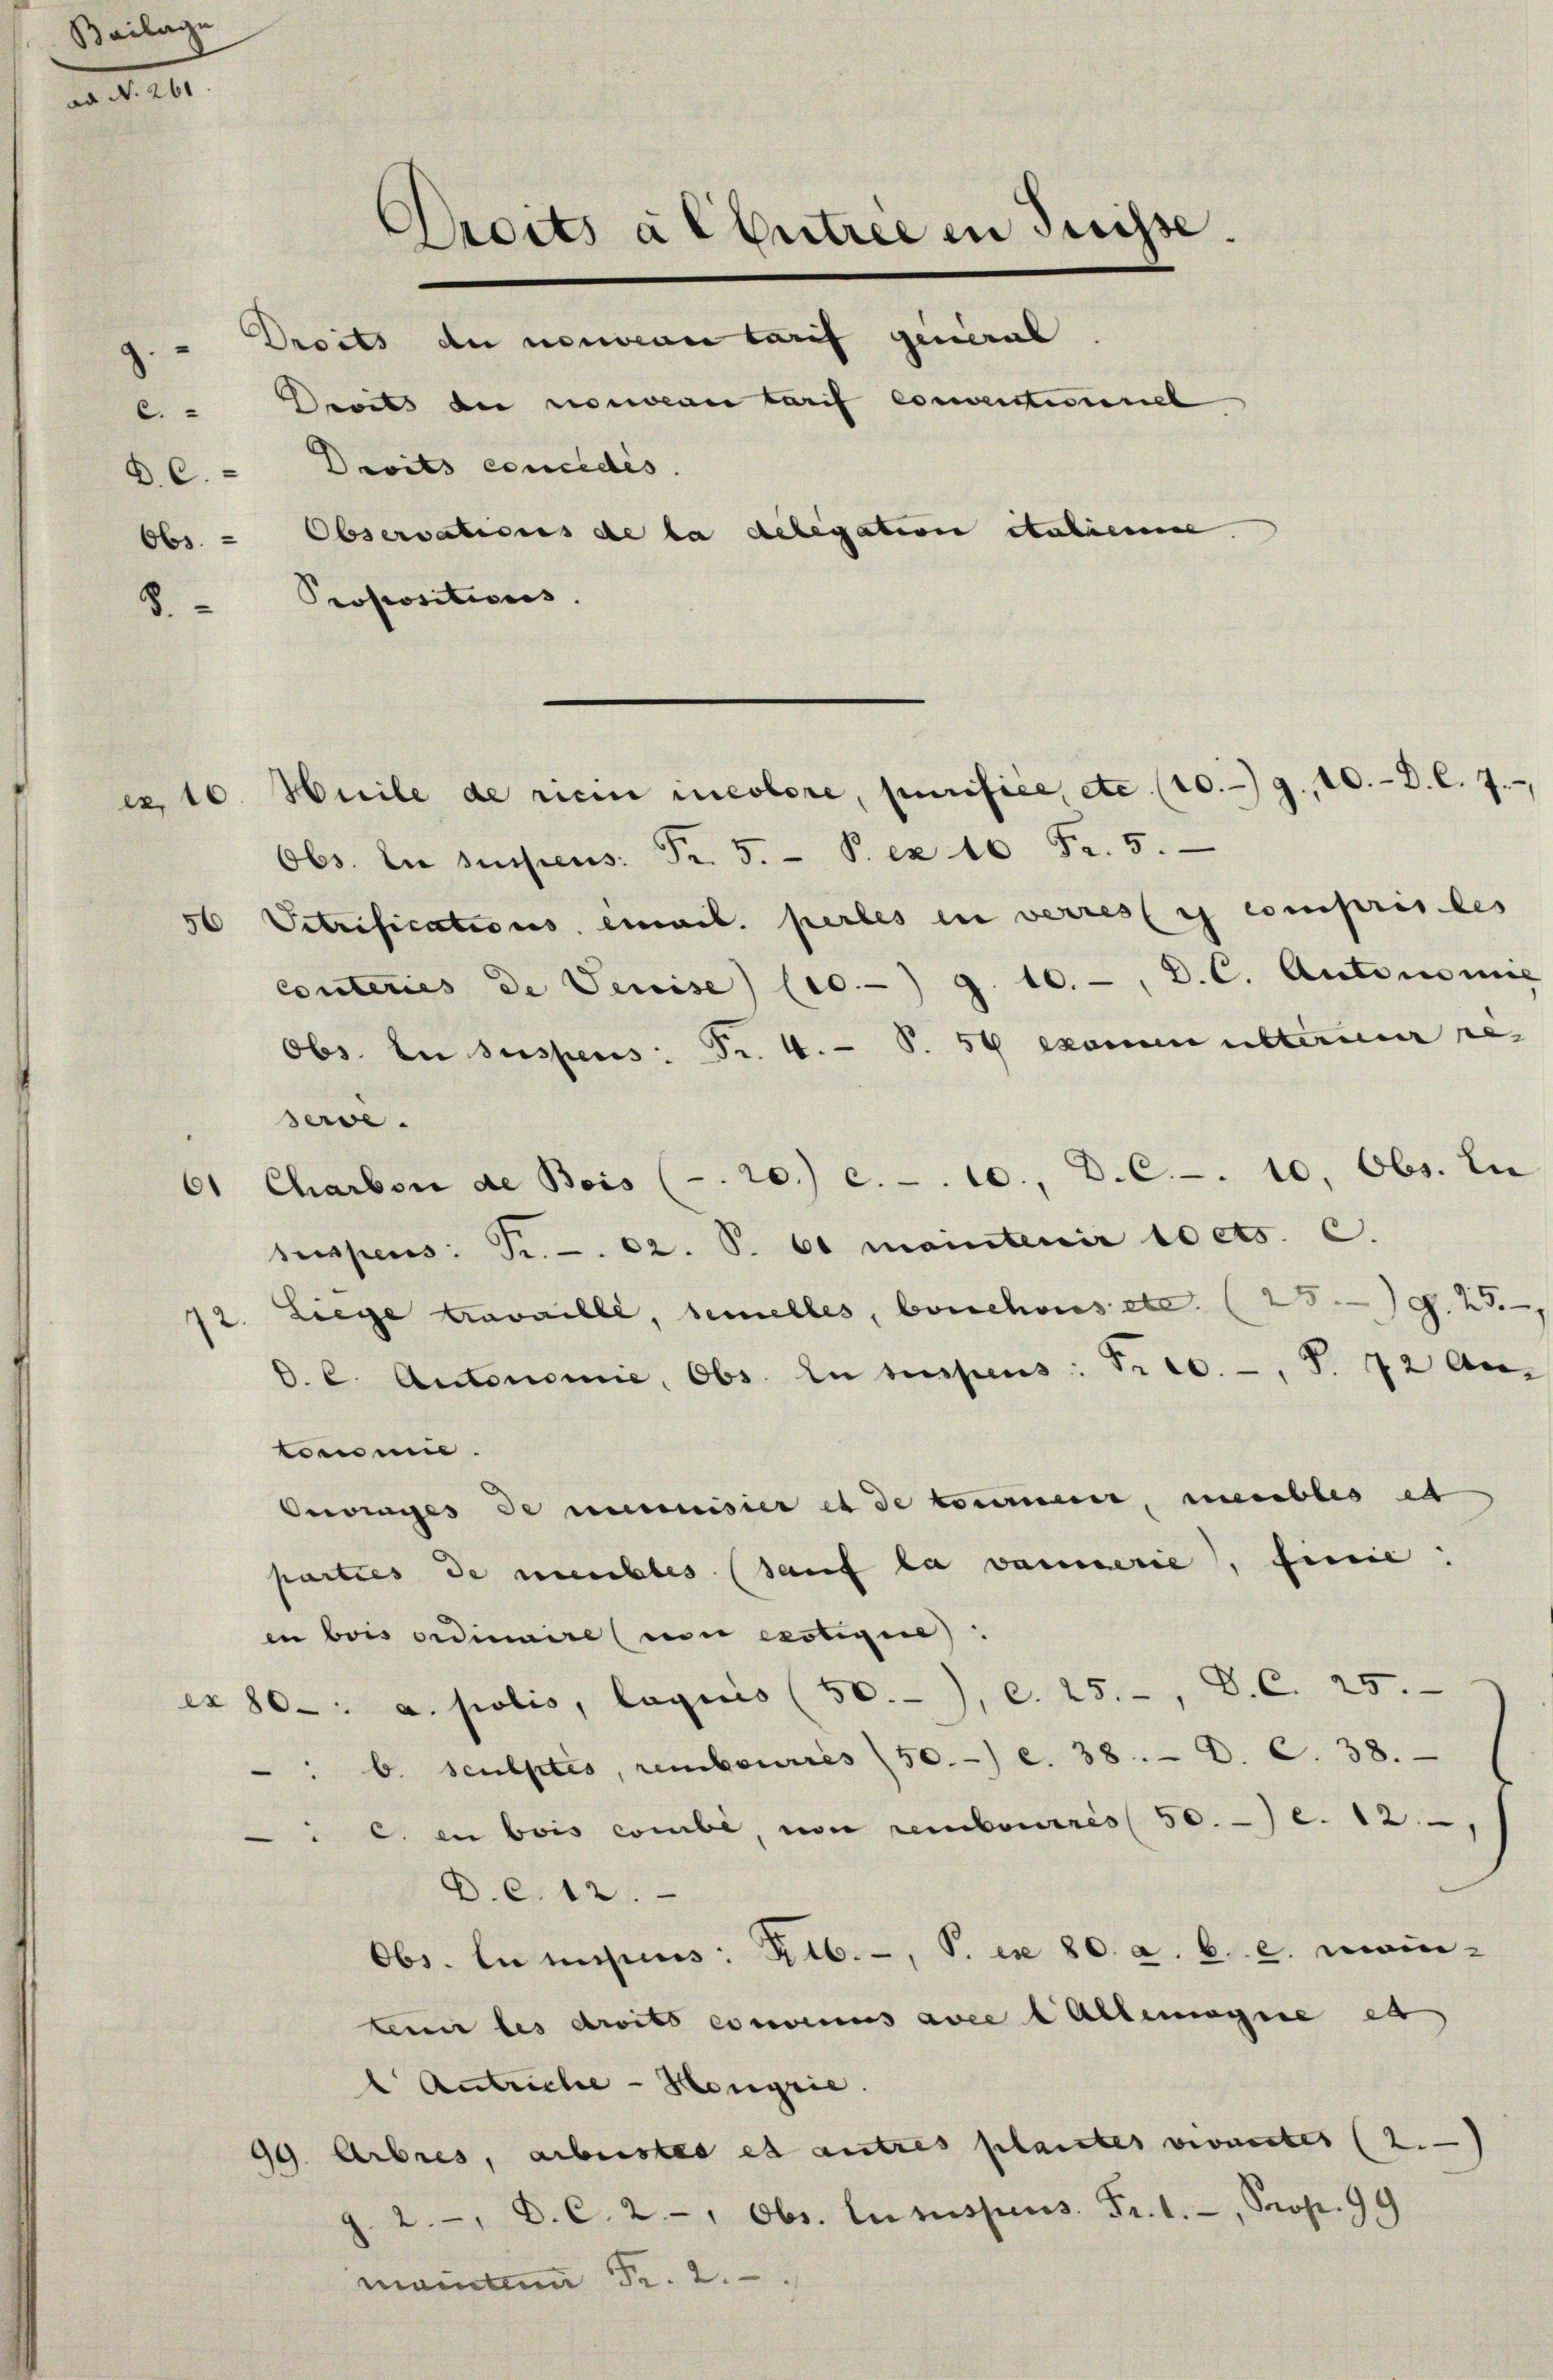
a. d. 161.

Bailage

8.

ex

56

BC. - Deits concedis.
Propositions.

Droits a l Entree in Suisse.
Droits der neuern tarif general

C. " Droits der nouveau tarif conventionnel
Obs. - Observations de la delegation italiene.

Heile de ricin incolore, purifice, etc. (10.9.10.-D. l. J.,
Obs. In suspens: Fr. 5. P. ex 10 Fr. 5.
Setrifications einvil. pertes in verrest comprises
conteries de Vereise (10.- g. 10.-, D. C. Autonomie
Obs. In suspens: Fr. 4. P. 54 examen unterneur re-
serve.
Charben de Beis (-. 20. c. . 10. D. C.-. 10, Obs. In
6
srispens: Pr. . 62. S. 61 maintenir 10 cts. 6.
12. Liege travaille, bemelles, bouchous etc. (25) S. 25.
O. C. Autonomie, Obs. In suspens: Fr. 10., S. 72 Au
tomie.
Oeringes de manisier et de kommene, meubles et
parties de meubles (sauf la vamerie, finie:
en bois ordinaire (von exotigie
ex 80-: a. polis, lagiis (50), c. 25., V. C. 25
" b. Sculptés, rembouriis 50. c. 38. D. C. 38.
c. in bois combe, von rembourris 50. c. 12
D. c. 12.
Obs. Lumises: Rib., S. in 80. a. b. c. mon-
tenir les droits convenus avec l Allemagne et
 Antriche - Hengrie
99. Arbres, arbeistes et autres plantes vivantes (2.)
2., D. C. 2., Obs. Lususpens. Fr. 1. Prop. 99
mainten Fr. 2.